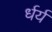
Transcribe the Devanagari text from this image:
र्धर्य